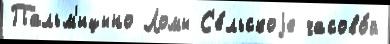
Пальм'ицыно Ломы С'е́льскоjе часово́й